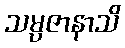
သမ္ပဇာနာသိ